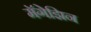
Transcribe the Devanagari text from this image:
मॅगेझिन